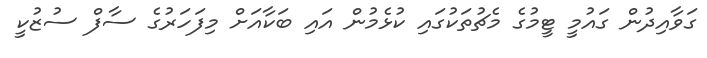
ގަވާއިދުން ގައުމީ ޓީމުގެ މެޗުތަކުގައި ކުޅެމުން އައި ބަކާއަށް މިފަހަރުގެ ސާފް ސުޒުކީ